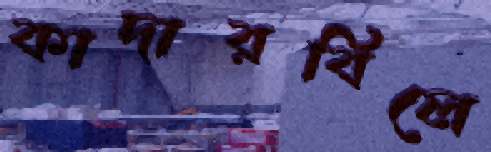
কাদারবিলে